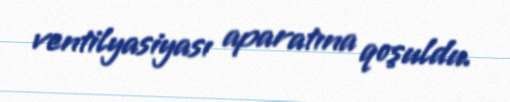
ventilyasiyası aparatına qoşuldu.